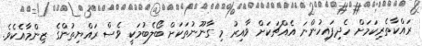
ރައްކާތެރިކަމަށް ހެދިފައިހުންނަ އެއްޗަކަށް ވާއިރު މި ގާނޫނުތަކަށް ބޯލެބުމަކީ ވެސް ރައްޔިތުންގެ ޒިންމާއެކެވެ.